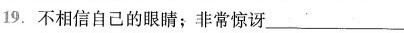
19.不相信自己的眼睛；非常惊讶___